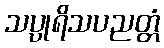
သပ္ပုရိသပညတ္တံ